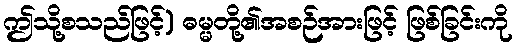
ဤသို့စသည်ဖြင့်) ဓမ္မတို့၏အစဉ်အားဖြင့် ဖြစ်ခြင်းကို